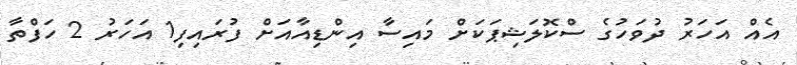
އެއް އަހަރު ދުވަހުގެ ސްކޮލަޝިޕަކަށް މައިސާ އިންޑިއާއަށް ފުރައިފި1 އަހަރު 2 ހަފްތާ